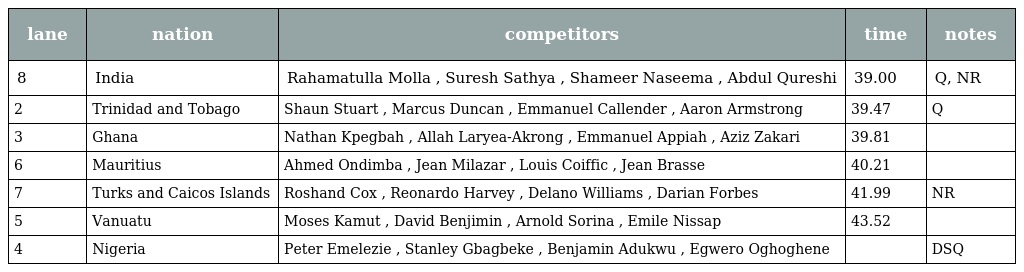
| lane | nation | competitors | time | notes |
 | --- | --- | --- | --- | --- |
 | 8 | India | Rahamatulla Molla , Suresh Sathya , Shameer Naseema , Abdul Qureshi | 39.00 | Q, NR |
 | 2 | Trinidad and Tobago | Shaun Stuart , Marcus Duncan , Emmanuel Callender , Aaron Armstrong | 39.47 | Q |
 | 3 | Ghana | Nathan Kpegbah , Allah Laryea-Akrong , Emmanuel Appiah , Aziz Zakari | 39.81 |  |
 | 6 | Mauritius | Ahmed Ondimba , Jean Milazar , Louis Coiffic , Jean Brasse | 40.21 |  |
 | 7 | Turks and Caicos Islands | Roshand Cox , Reonardo Harvey , Delano Williams , Darian Forbes | 41.99 | NR |
 | 5 | Vanuatu | Moses Kamut , David Benjimin , Arnold Sorina , Emile Nissap | 43.52 |  |
 | 4 | Nigeria | Peter Emelezie , Stanley Gbagbeke , Benjamin Adukwu , Egwero Oghoghene |  | DSQ |